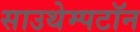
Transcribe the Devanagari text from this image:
साउथेम्पटॉन